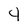
Character: 4